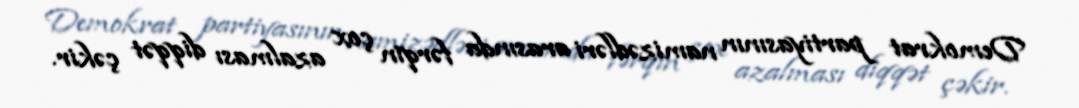
Demokrat partiyasının namizədləri arasında fərqin çox azalması diqqət çəkir.